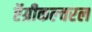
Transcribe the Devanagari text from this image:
ऍग्रीकल्चरल